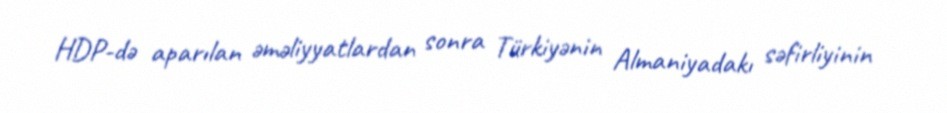
HDP-də aparılan əməliyyatlardan sonra Türkiyənin Almaniyadakı səfirliyinin